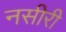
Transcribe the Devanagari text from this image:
नसीरी